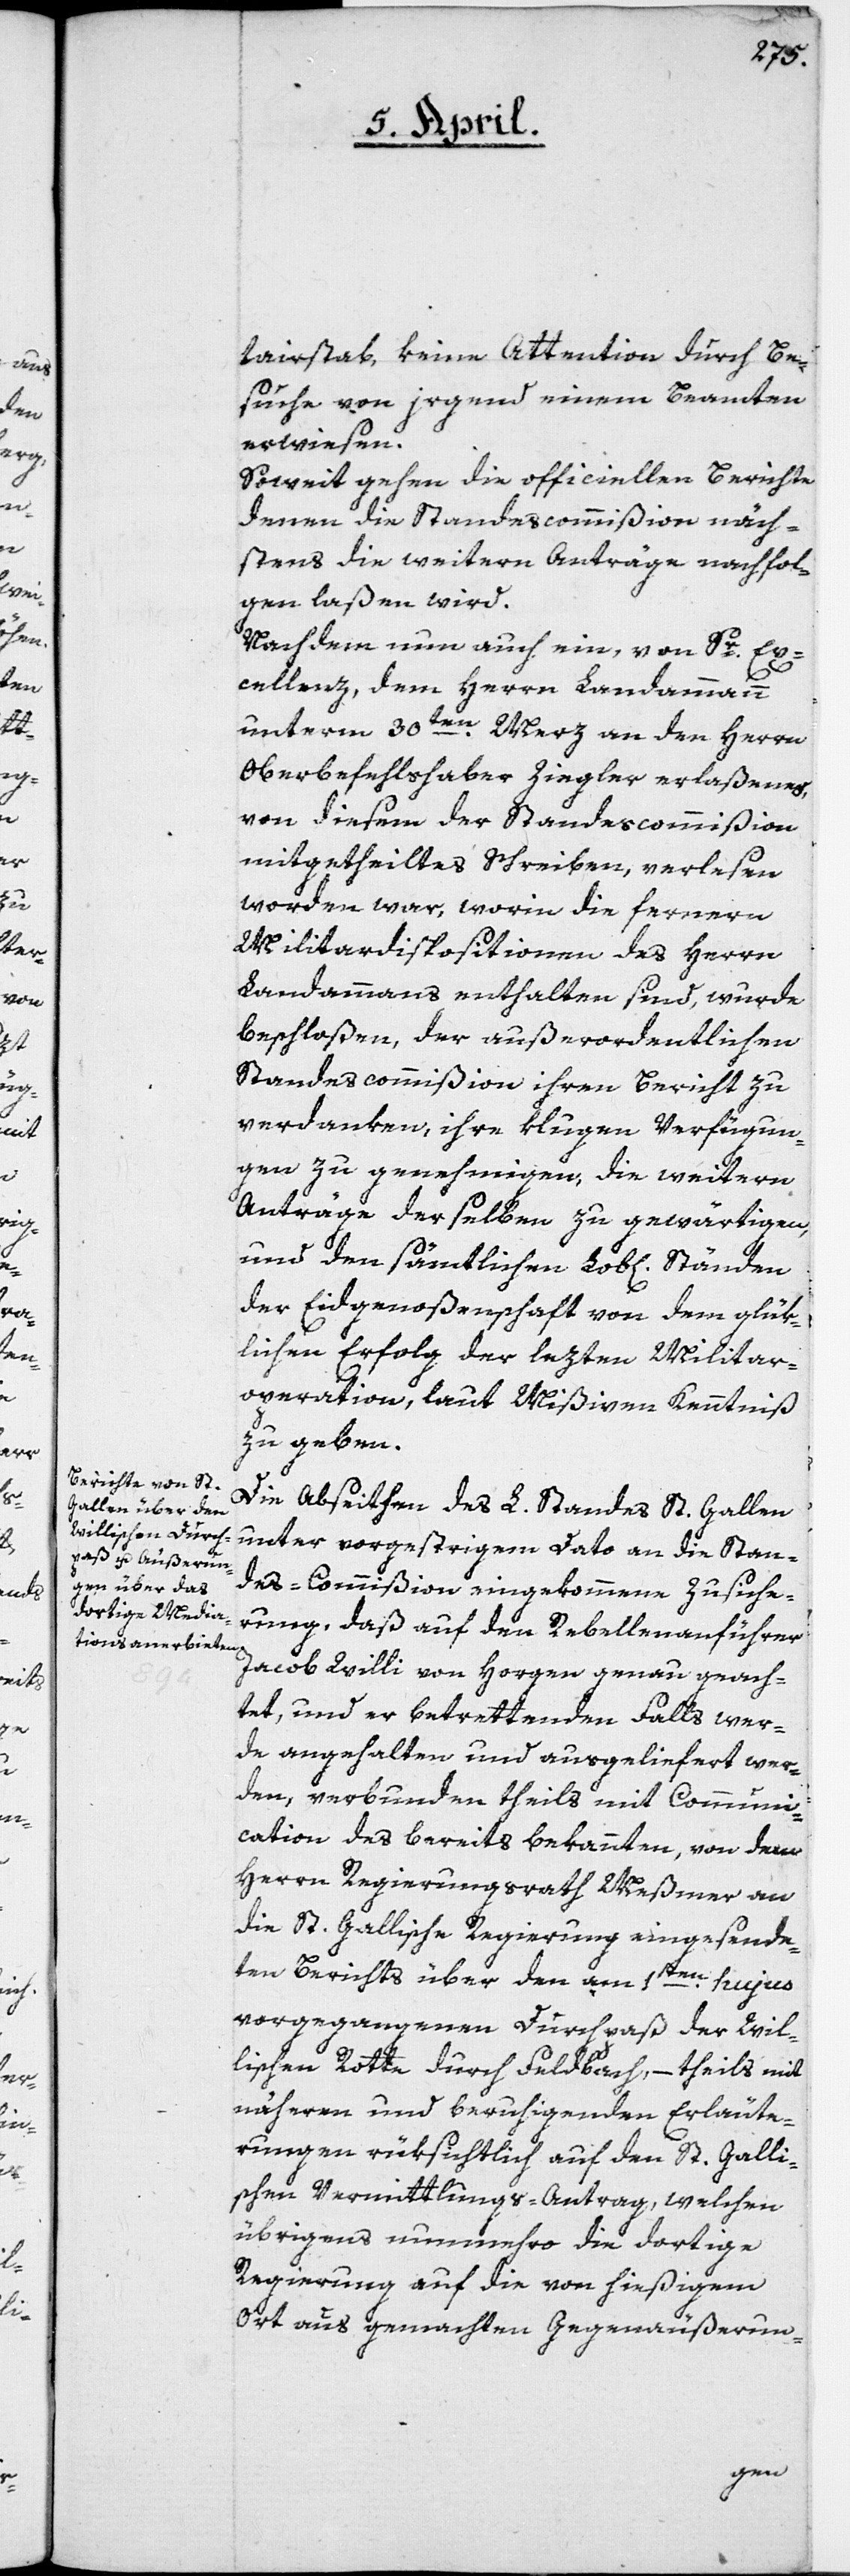
tairstab, keine Attention durch Be¬
suche von irgend einem Beamten
erwiesen.
Soweit gehen die officiellen Berichte,
denen die Standescommißion näch¬
stens die weitern Anträge nachfol¬
gen laßen wird.
Nachdem nun auch ein, von Sr. Ex¬
cellenz, dem Herrn Landammann
unterm 30ten Merz an den Herrn
Oberbefehlshaber Ziegler erlaßenes,
von diesem der Standescommißion
mitgtheiltes Schreiben, verlesen
worden war, worin die fernere
Militardispositionen des Herrn
Landammanns enthalten sind, wurde
beschloßen, der außerordentlichen
Standescommißion ihren Bericht zu
verdanken, ihre klugen Verfügun¬
gen zu genehmigen, die weitern
Anträge derselben zu gewärtigen,
und den sämtlichen Lob[lichen]
der Eidgenoßenschaft von dem glük¬
lichen Erfolg der lezten Militar¬
operation, laut Mißiven, Kenntniß
zu geben.
Die Abseithen des L. Standes St. Gallen
unter vorgestrigem Dato an die Stan¬
des-Commißion eingekommene Zusiche¬
rung, daß auf den Rebellen-Anführer
Jacob Willi von Horgen genau geach¬
tet, und er betrettenden Falls wer¬
de angehalten und ausgeliefert wer¬
den, verbunden theils mit Communi¬
cation des bereits bekannten, von dem
Herrn Regierungsrath Meßmer an
die St. Gallische Regierung eingesende¬
ten Berichts über den am 1sten hujus
vorgegangenen Durchpaß der Wil¬
lischen Rotte durch Feldbach, – theils mit
näheren und beruhigenden Erläute¬
rungen rüksichtlich auf den St. Galli¬
schen Vermittlungs-Antrag, welchen
übrigens nunmehro die dortige
Regierung auf die von hießigem
Ort aus gemachten Gegenäußerun-